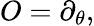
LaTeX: O=\partial_{\theta},